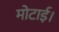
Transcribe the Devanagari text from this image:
मोटाई।